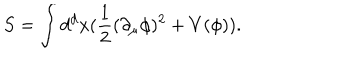
S = \int d ^ { d } x ( \frac { 1 } { 2 } ( \partial _ { \mu } \phi ) ^ { 2 } + V ( \phi ) ) .